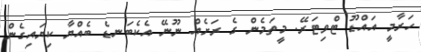
ހަރާމީ އައްޑޫ ޓްވިޓަރޭ. މީތަމެން ގެ ރަށެއް ނޫނޭ އެކެބަނޑެ ބެއްޔާ ކިޔައިގެން